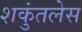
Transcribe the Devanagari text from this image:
शकुंतलेस